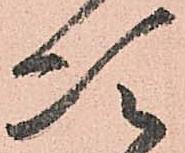
次